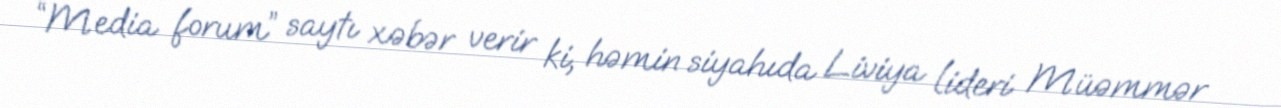
“Media forum” saytı xəbər verir ki, həmin siyahıda Liviya lideri Müəmmər